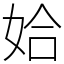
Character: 姶